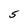
Character: 5